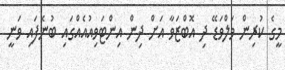
މީގެ ކުރިން ވަލްވަޑޭ ދި އޮބްޒަވާ އަށް ދިން އިންޓަވިއުއެއްގައި ބުނެފައި ވަނީ